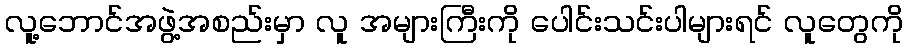
လူ့ဘောင်အဖွဲ့အစည်းမှာ လူ အများကြီးကို ပေါင်းသင်းပါများရင် လူတွေကို